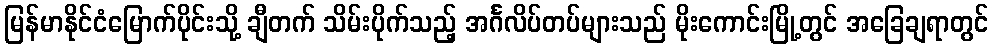
မြန်မာနိုင်ငံမြောက်ပိုင်းသို့ ချီတက် သိမ်းပိုက်သည့် အင်္ဂလိပ်တပ်များသည် မိုးကောင်းမြို့တွင် အခြေချရာတွင်